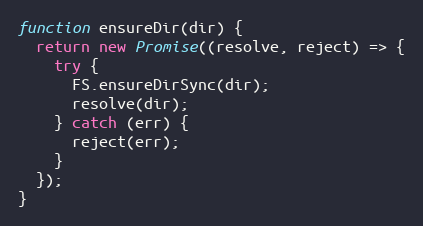
Language: JavaScript
function ensureDir(dir) {
  return new Promise((resolve, reject) => {
    try {
      FS.ensureDirSync(dir);
      resolve(dir);
    } catch (err) {
      reject(err);
    }
  });
}